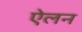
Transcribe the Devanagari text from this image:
एेलन